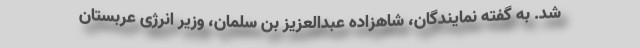
شد. به گفته نمایندگان، شاهزاده عبدالعزیز بن سلمان، وزیر انرژی عربستان